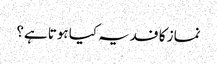
نماز کا فدیہ کیا ہوتا ہے؟